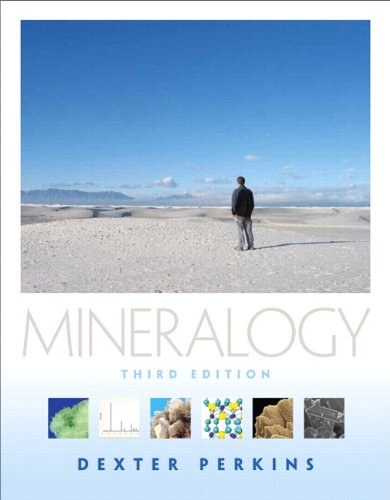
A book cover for Mineralogy (3rd Edition); Dexter Perkins; Science & Math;